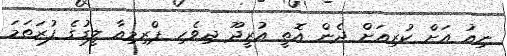
ނިއު އަށް ކުރިއަށް ދެން އޮތީ އުރީދޫ ދިވެހި ޕްރިމިއާ ލީގުގެ ފުރަތަމަ